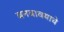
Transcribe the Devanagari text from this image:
बनवावयाचे